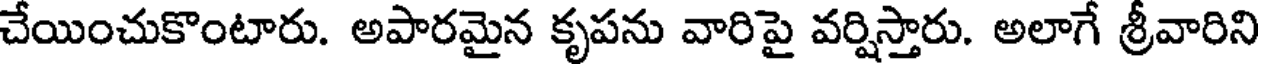
చేయించుకొంటారు. అపారమైన కృపను వారిపై వర్షిస్తారు. అలాగే శ్రీవారిని